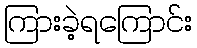
ကြားခဲ့ရကြောင်း